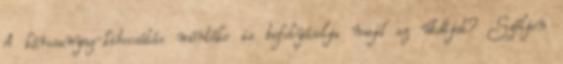
A károsanyag-kibocsátás mértéke is befolyásolja majd az útdíjat? Szóljon